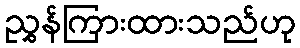
ညွှန်ကြားထားသည်ဟု